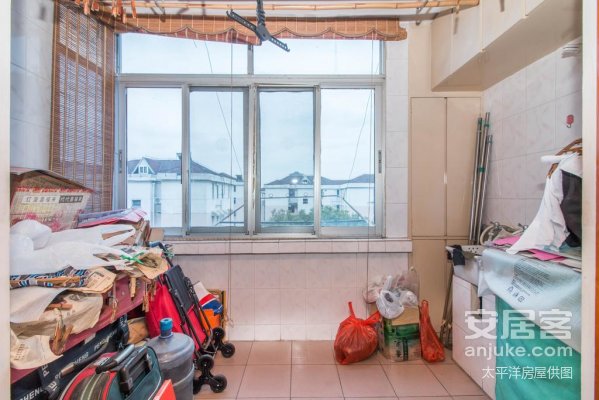
林下春晴风渐和，高崖残雪已无多。